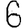
Digit: 6